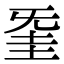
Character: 𣄱